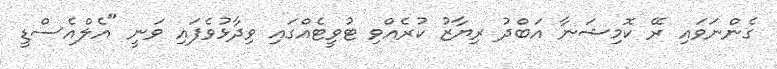
ގެންނަވައި ރޭ ކޮމިޝަނާ އަބްދު ރިޔާޒު ކުރެއްވި ޓުވީޓެއްގައި ވިދާޅުވެފައި ވަނީ "އެލްއެސްޑީ